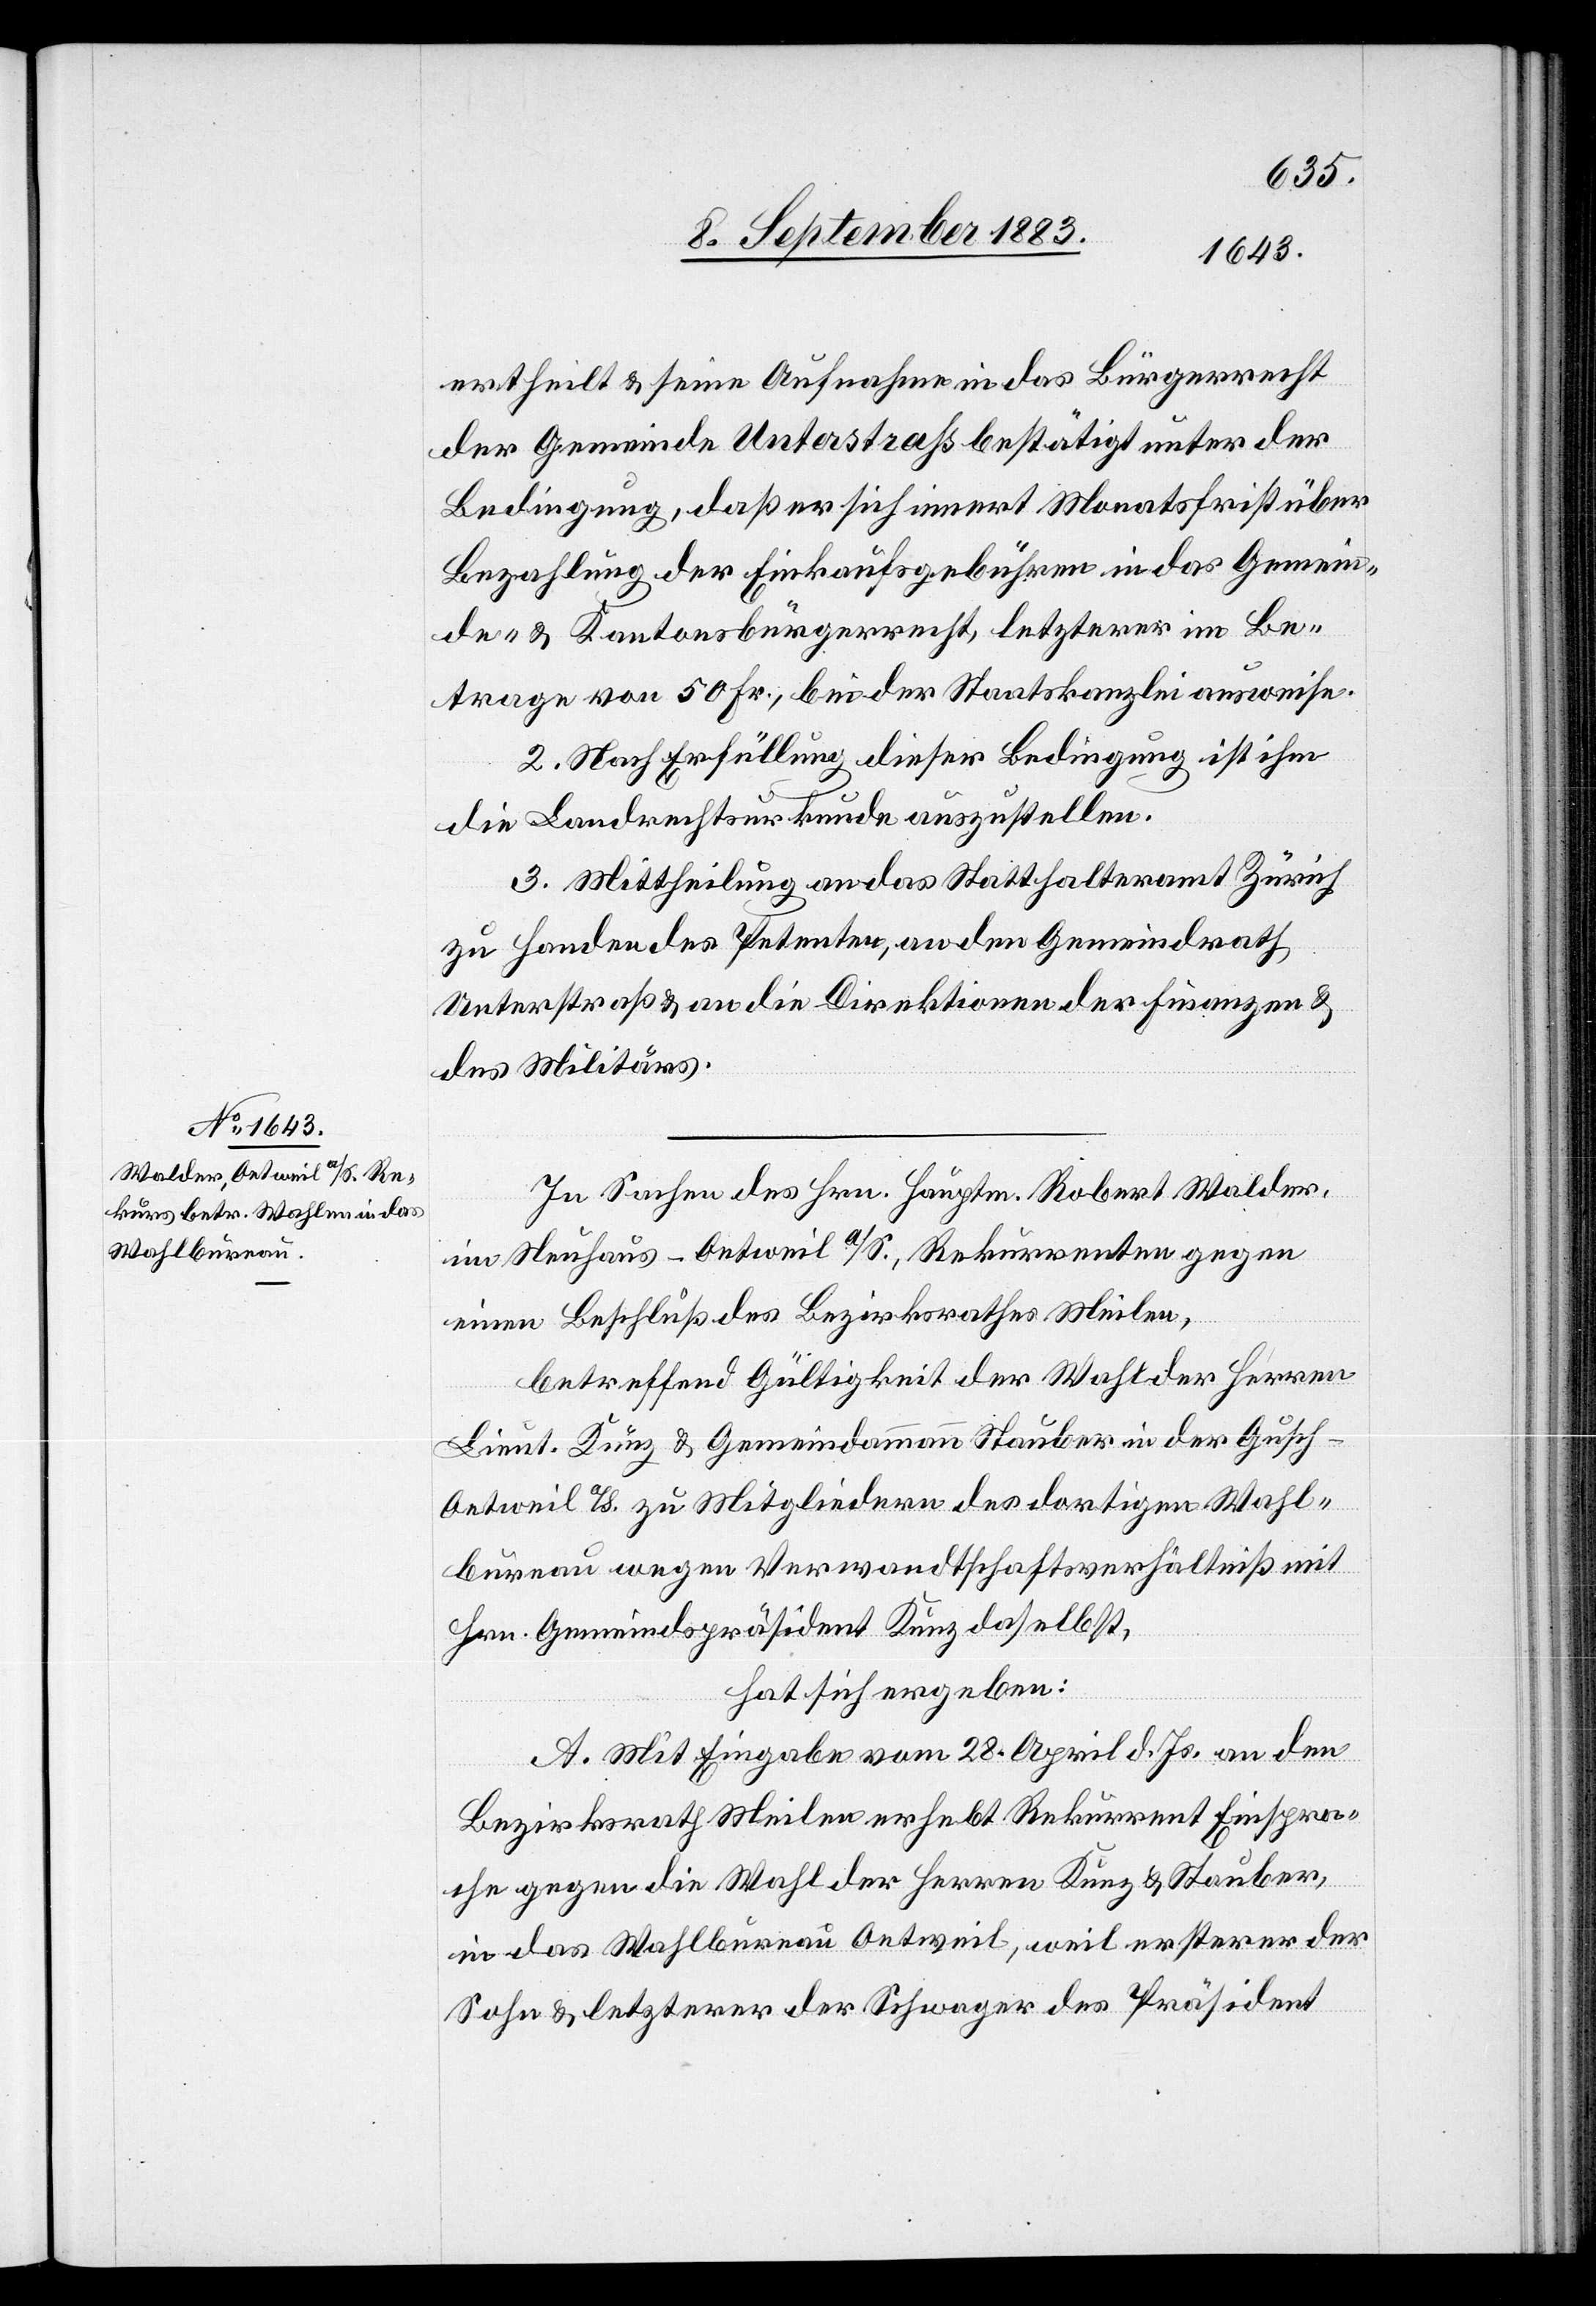
ertheilt & seine Aufnahme in das Bürgerrecht
der Gemeinde Unterstraß bestätigt unter der
Bedingung, daß er sich innert Monatsfrist über
Bezahlung der Einkaufsgebühren in das Gemein¬
de- & Kantonsbürgerrecht, letzterer im Be¬
trage von 50 Fr., bei der Staatskanzlei ausweise.
2. Nach Erfüllung dieser Bedingung ist ihm
die Landrechtsurkunde auszustellen.
3. Mittheilung an das Statthalteramt Zürich
zu Handen des Petenten, an den Gemeindrath
Unterstraß & an die Direktionen der Finanzen &
des Militärs.
In Sachen des Hrn. Hauptm. Robert Walder,
im Neuhaus - Oetweil a/S., Rekurrenten gegen
einen Beschluß des Bezirksrathes Meilen,
betreffend Gültigkeit der Wahl der Herren
Lieut. Kunz & Gemeindammann Stauber in der Gusch
Oetweil a/S. zu Mitgliedern des dortigen Wahl¬
bureau wegen Verwandtschaftsverhältniß mit
Hrn. Gemeindspräsident Kunz daselbst,
hat sich ergeben:
A. Mit Eingabe vom 28. April d. Js. an den
Bezirksrath Meilen erhebt Rekurrent Einspra¬
che gegen die Wahl der Herren Kunz & Stauber,
in das Wahlbureau Oetweil, weil ersterer der
Sohn & letzterer der Schwager des Präsident